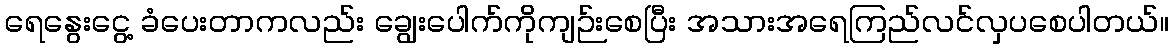
ရေနွေးငွေ့ ခံပေးတာကလည်း ချွေးပေါက်ကိုကျဉ်းစေပြီး အသားအရေကြည်လင်လှပစေပါတယ်။